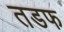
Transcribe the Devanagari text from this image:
तडफ